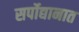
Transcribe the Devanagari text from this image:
सर्पोद्यानात